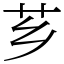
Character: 芗